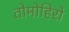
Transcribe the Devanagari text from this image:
तोमोहिरो